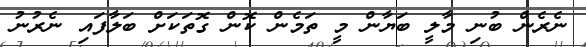
ނެރެން ބުނި މާލީ ބަޔާން މީ ތަމެން ކޮން ގޮތަކަށް ބަލާފައި ނެރުނު